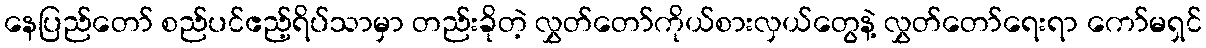
နေပြည်တော် စည်ပင်ဧည့်ရိပ်သာမှာ တည်းခိုတဲ့ လွှတ်တော်ကိုယ်စားလှယ်တွေနဲ့ လွှတ်တော်ရေးရာ ကော်မရှင်